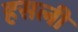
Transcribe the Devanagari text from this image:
हसली